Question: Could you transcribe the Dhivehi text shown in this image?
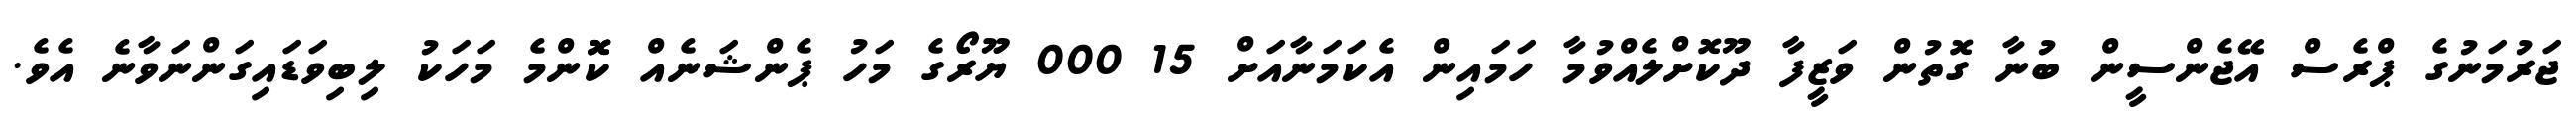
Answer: ޖަރުމަނުގެ ޕްރެސް އޭޖެންސީން ބުނާ ގޮތުން ވަޒީފާ ދޫކޮށްލެއްވުމާ ހަމައިން އެކަމަނާއަށް 15 000 ޔޫރޯގެ މަހު ޕެންޝަނެއް ކޮޮންމެ މަހަކު ލިބިވަޑައިގަންނަވާނެ އެވެ.